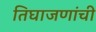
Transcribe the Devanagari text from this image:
तिघाजणांची